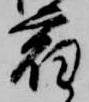
宿